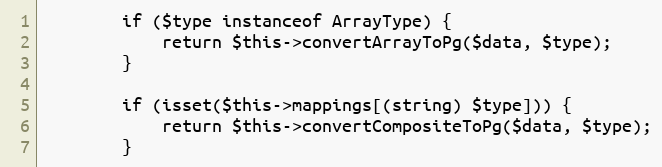
Language: PHP
        if ($type instanceof ArrayType) {
            return $this->convertArrayToPg($data, $type);
        }

        if (isset($this->mappings[(string) $type])) {
            return $this->convertCompositeToPg($data, $type);
        }